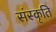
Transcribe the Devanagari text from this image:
संस्‍कृति